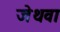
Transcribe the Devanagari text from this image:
जेथवा